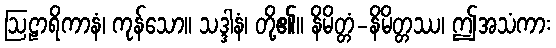
ဩဠာရိကာနံ၊ ကုန်သော။ သဒ္ဒါနံ၊ တို့၏။ နိမိတ္တံ-နိမိတ္တဿ၊ ဤအသံကား